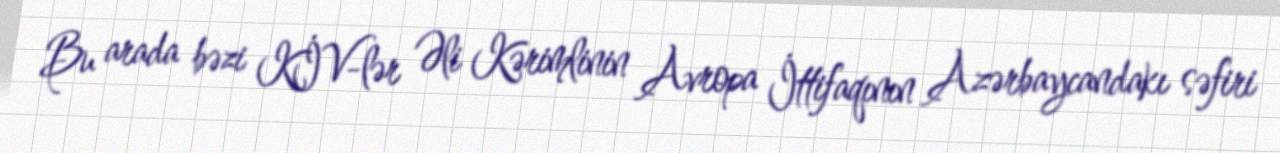
Bu arada bəzi KİV-lər Əli Kərimlinin Avropa İttifaqının Azərbaycandakı səfiri